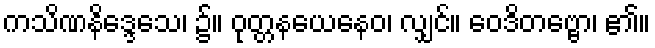
ကသိဏနိဒ္ဒေသေ၊ ၌။ ဝုတ္တနယေနေဝ၊ လျှင်။ ဝေဒိတဗ္ဗော၊ ၏။